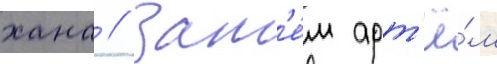
хана // Зат'е́м арт'ё́м